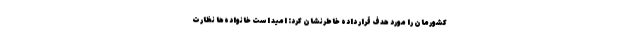
کشورمان را مورد هدف قرار داده خاطرنشان کرد: امید است خانواده‌ها نظارت